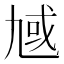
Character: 𪜗